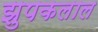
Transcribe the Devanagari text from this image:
झुपकलाल